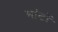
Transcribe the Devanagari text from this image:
मांटों